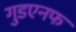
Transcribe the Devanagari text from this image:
गुडएनफ